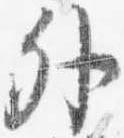
外